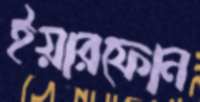
ইয়ারফোন